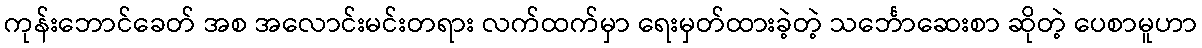
ကုန်းဘောင်ခေတ် အစ အလောင်းမင်းတရား လက်ထက်မှာ ရေးမှတ်ထားခဲ့တဲ့ သင်္ဘောဆေးစာ ဆိုတဲ့ ပေစာမူဟာ